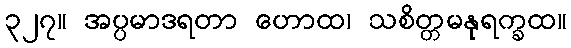
၃၂၇။ အပ္ပမာဒရတာ ဟောထ၊ သစိတ္တမနုရက္ခထ။